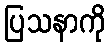
ပြသနာကို